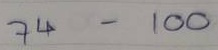
74 - 100